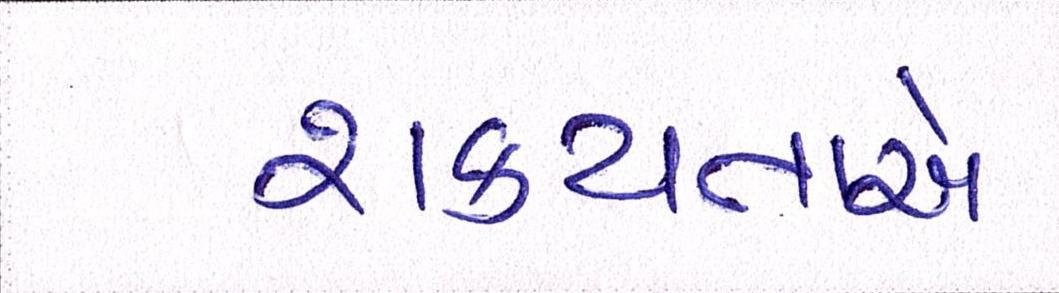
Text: શક્યતાએ